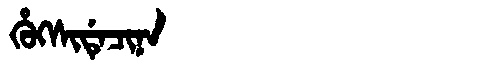
Manchu: ᡥᡠᡴᠰᡳᡩᡝᠴᡳᠨᠠ
Romanization: HUKSIDECINA